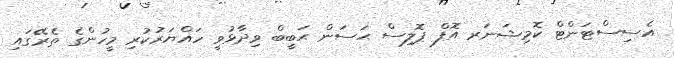
އެސިސްޓަންޓް ކޮމިޝަނަރ އޮފް ޕޮލިސް ޙަސަން ޙަބީބް ވިދާޅުވީ ހައްޔަރުކުރި މީހުންގެ ތެރޭގައި